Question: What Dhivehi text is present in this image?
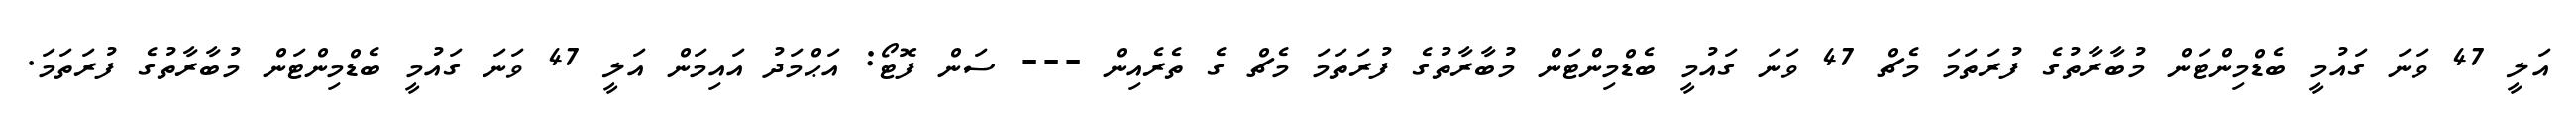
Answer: އަލީ 47 ވަނަ ގައުމީ ބެޑްމިންޓަން މުބާރާތުގެ ފުރަތަމަ މެޗް 47 ވަނަ ގައުމީ ބެޑްމިންޓަން މުބާރާތުގެ ފުރަތަމަ މެޗް ގެ ތެރެއިން --- ސަން ފޮޓޯ: އަޙްމަދު އައިމަން އަލީ 47 ވަނަ ގައުމީ ބެޑްމިންޓަން މުބާރާތުގެ ފުރަތަމަ.